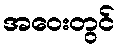
အဝေးတွင်